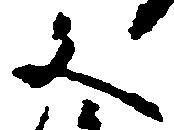
文